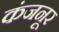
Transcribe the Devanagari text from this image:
कंजनूर